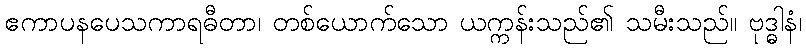
ဧကာပနပေသကာရဓီတာ၊ တစ်ယောက်သော ယက္ကန်းသည်၏ သမီးသည်။ ဗုဒ္ဓါနံ၊